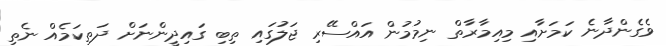
ވެގެންދާނެ ކަމަށާއި މިއިމާރާތް ނިމުމުން އައްސޭރި ޖަލުގައި ތިބި ގައިދީންނަށް ދަތިކަމެއް ނެތި